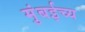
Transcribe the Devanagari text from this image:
मुंबईच्य